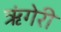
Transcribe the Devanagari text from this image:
ऋंगेरी